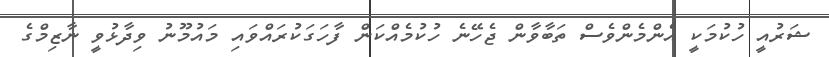
ޝަރުއީ ހުކުމަކީ އެންމެންވެސް ތަބާވާން ޖެހޭނެ ހުކުމެއްކަން ފާހަގަކުރައްވައި މައުމޫނު ވިދާޅުވީ ނާޒިމްގެ